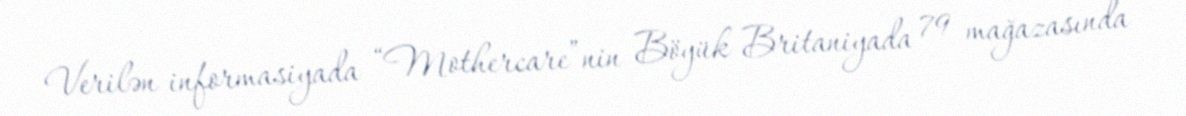
Verilən informasiyada “Mothercare”nin Böyük Britaniyada 79 mağazasında